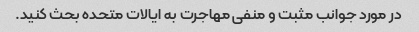
در مورد جوانب مثبت و منفی مهاجرت به ایالات متحده بحث کنید.